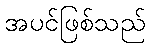
အပင်ဖြစ်သည်